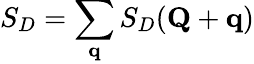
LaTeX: S_{D}=\sum_{\mathbf{q}}S_{D}(\mathbf{Q}+\mathbf{q})